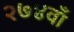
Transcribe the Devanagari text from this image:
२७४वाँ